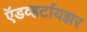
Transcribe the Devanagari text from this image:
ऍडव्हर्टायझर